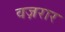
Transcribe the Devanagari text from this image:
वज़रार